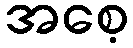
အစေ့